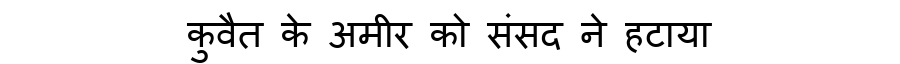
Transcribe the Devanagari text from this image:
कुवैत के अमीर को संसद ने हटाया